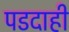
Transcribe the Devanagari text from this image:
पडदाही